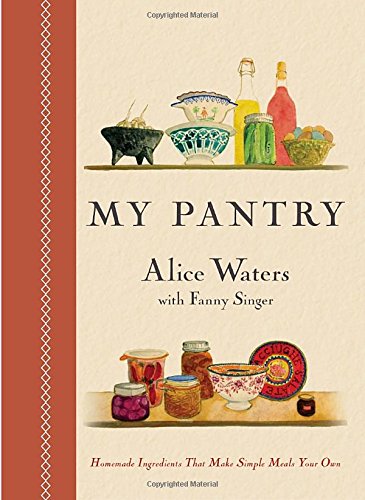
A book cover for My Pantry: Homemade Ingredients That Make Simple Meals Your Own; Alice Waters; Cookbooks, Food & Wine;